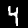
Digit: 4